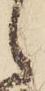
候